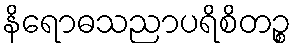
နိရောဓသညာပရိစိတဉ္စ